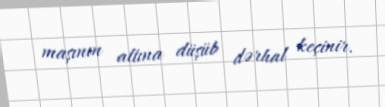
maşının altına düşüb dərhal keçinir.